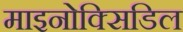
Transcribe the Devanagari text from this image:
माइनोक्सिडिल